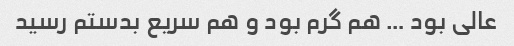
عالی بود … هم گرم بود و هم سریع بدستم رسید